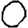
Digit: 0